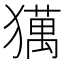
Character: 𤢥